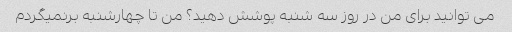
می توانید برای من در روز سه شنبه پوشش دهید؟ من تا چهارشنبه برنمیگردم